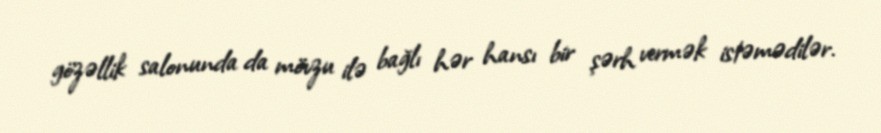
gözəllik salonunda da mövzu ilə bağlı hər hansı bir şərh vermək istəmədilər.